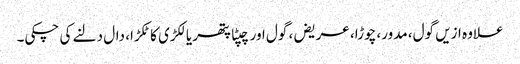
علاوہ ازیں گول، مدور، چوڑا، عریض، گول اور چپٹا پتھر یا لکڑی کا ٹکڑا، دال دلنے کی چکی۔